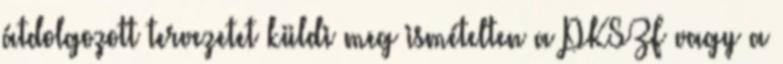
átdolgozott tervezetet küldi meg ismételten a PKSZF vagy a